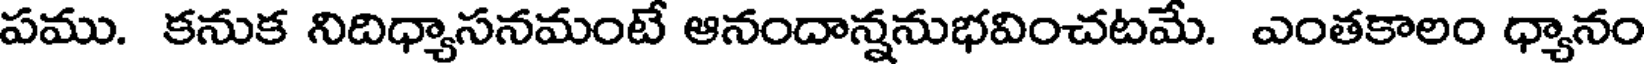
పము. కనుక నిదిధ్యాసనమంటే ఆనందాన్ననుభవించటమే. ఎంతకాలం ధ్యానం